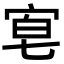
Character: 𡨗